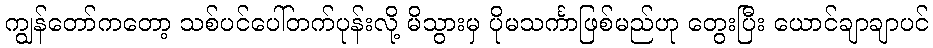
ကျွန်တော်ကတော့ သစ်ပင်ပေါ်တက်ပုန်းလို့ မိသွားမှ ပိုမသင်္ကာဖြစ်မည်ဟု တွေးပြီး ယောင်ချာချာပင်